Civil Veterinary Dept. North-West Frontier Province 1933-46 - 1933-1946
Year: 1933
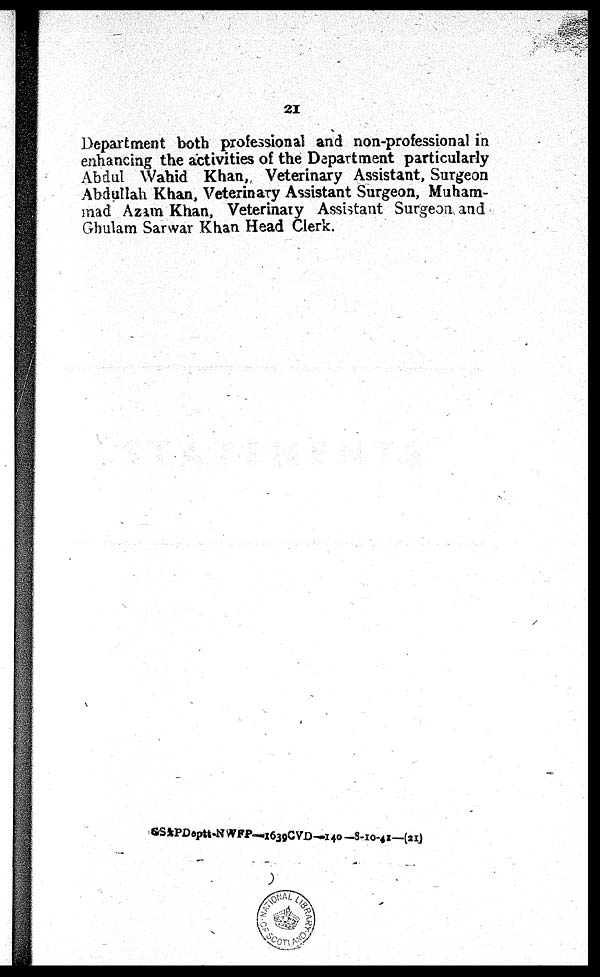
21
Department both professional and non-professional in
enhancing the activities of the Department particularly
Abdul Wahid Khan, Veterinary Assistant, Surgeon
Abdullah Khan, Veterinary Assistant Surgeon, Muham-
mad Azam Khan, Veterinary Assistant Surgeon and
Ghulam Sarwar Khan Head Clerk.
&S&PDeptt.NWFP—1639CVD—140—8-10-41—(21)